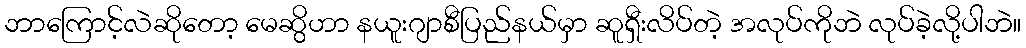
ဘာကြောင့်လဲဆိုတော့ မေဆွိဟာ နယူးဂျာစီပြည်နယ်မှာ ဆူရှီးလိပ်တဲ့ အလုပ်ကိုဘဲ လုပ်ခဲ့လို့ပါဘဲ။